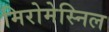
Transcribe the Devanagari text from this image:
मिरोमेस्निल